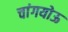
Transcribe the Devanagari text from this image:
चांगयोऊ